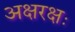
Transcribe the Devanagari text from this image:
अक्षरक्षः